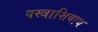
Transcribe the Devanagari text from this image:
वस्त्राशिवाय